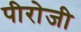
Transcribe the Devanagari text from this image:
पीरोजी